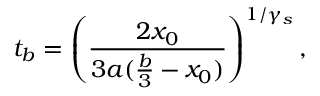
t _ { b } = \left( \frac { 2 x _ { 0 } } { 3 a ( \frac { b } { 3 } - x _ { 0 } ) } \right) ^ { 1 / \gamma _ { s } } ,